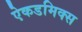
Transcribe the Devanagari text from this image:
ऐकडमिक्स